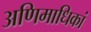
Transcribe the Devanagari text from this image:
अणिमाधिकां